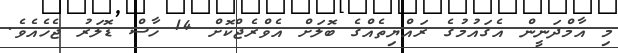
މި އާމްދަނީން އެގައުމުގެ ރައްޔިތެއްގެ ބޮލަށް އެވްރެޖްކޮށް 14 ހާސް ޑޮލަރު ޖެހެއެވެ.